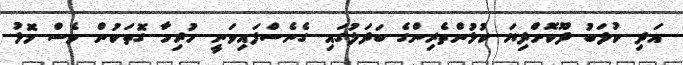
އަދި ކުލަބު ދޫކޮށްދިޔަ ކުޅުންތެރިންގެ ބަދަލުގައި ގެނެސްފައިވަނީ ހުރިހާ ގޮތަކުން ވެސް މޮޅު